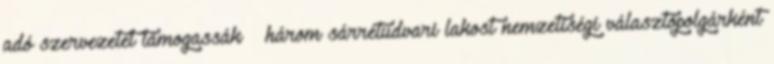
adó szervezetet támogassák – három sárrétudvari lakost nemzetiségi választópolgárként